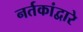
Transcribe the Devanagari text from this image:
नर्तकांद्वारे